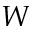
W